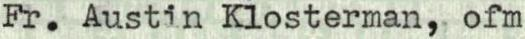
Fr. Austin Klosterman, ofm